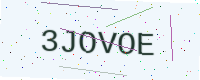
Text: 3JOVOE